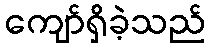
ကျော်ရှိခဲ့သည်